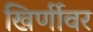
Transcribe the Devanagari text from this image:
खिर्णीवर